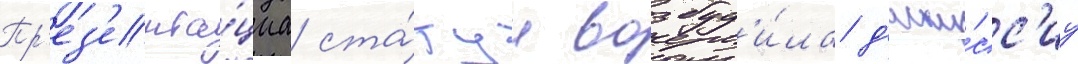
Пр'ез'ента́циа ста́туи возбуд'и́ла д'иску́сс'иу